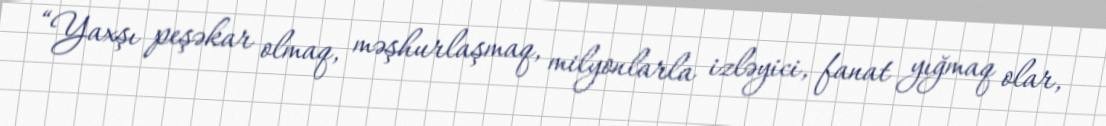
“Yaxşı peşəkar olmaq, məşhurlaşmaq, milyonlarla izləyici, fanat yığmaq olar,